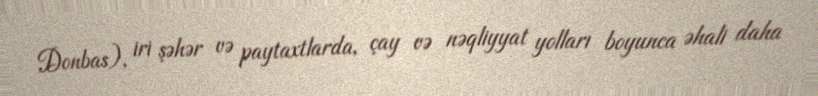
Donbas), iri şəhər və paytaxtlarda, çay və nəqliyyat yolları boyunca əhali daha